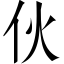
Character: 伙